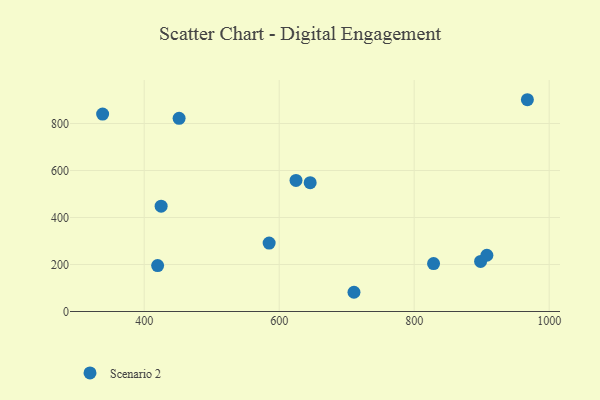
{"axis": {"x": "Distance", "y": "Sales"}, "legend": ["Scenario 2"], "data": [{"x": "425.1", "y": 448.4, "type": "Scenario 2"}, {"x": "338.4", "y": 840.0, "type": "Scenario 2"}, {"x": "624.9", "y": 557.8, "type": "Scenario 2"}, {"x": "828.7", "y": 203.8, "type": "Scenario 2"}, {"x": "451.7", "y": 822.0, "type": "Scenario 2"}, {"x": "710.8", "y": 81.8, "type": "Scenario 2"}, {"x": "585.1", "y": 291.2, "type": "Scenario 2"}, {"x": "898.4", "y": 213.1, "type": "Scenario 2"}, {"x": "645.9", "y": 548.1, "type": "Scenario 2"}, {"x": "907.7", "y": 239.4, "type": "Scenario 2"}, {"x": "419.9", "y": 195.5, "type": "Scenario 2"}, {"x": "967.7", "y": 901.2, "type": "Scenario 2"}]}